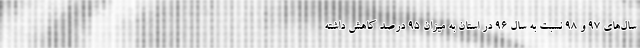
سال‌های ۹۷ و ۹۸ نسبت به سال 96 در استان به میزان ۹۵ درصد کاهش داشته